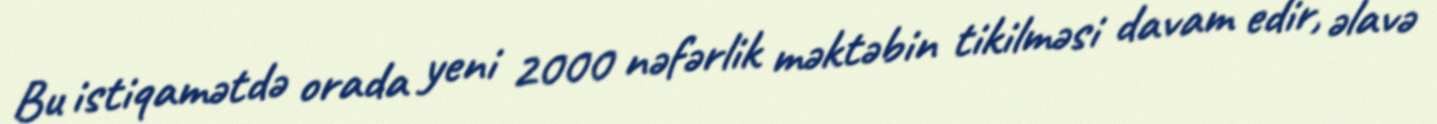
Bu istiqamətdə orada yeni 2000 nəfərlik məktəbin tikilməsi davam edir, əlavə